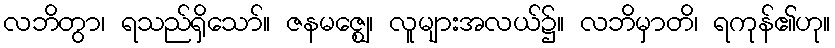
လဘိတွာ၊ ရသည်ရှိသော်။ ဇနမဇ္ဈေ၊ လူများအလယ်၌။ လဘိမှာတိ၊ ရကုန်၏ဟု။